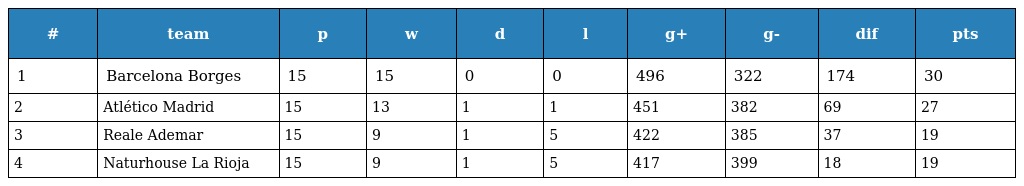
| # | team | p | w | d | l | g+ | g- | dif | pts |
 | --- | --- | --- | --- | --- | --- | --- | --- | --- | --- |
 | 1 | Barcelona Borges | 15 | 15 | 0 | 0 | 496 | 322 | 174 | 30 |
 | 2 | Atlético Madrid | 15 | 13 | 1 | 1 | 451 | 382 | 69 | 27 |
 | 3 | Reale Ademar | 15 | 9 | 1 | 5 | 422 | 385 | 37 | 19 |
 | 4 | Naturhouse La Rioja | 15 | 9 | 1 | 5 | 417 | 399 | 18 | 19 |